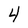
Character: 4